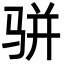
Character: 骈